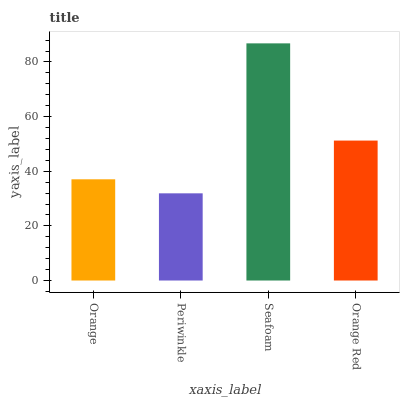
| xaxis_label | bars |
 | --- | --- |
 | Orange | 37.1 |
 | Periwinkle | 31.9 |
 | Seafoam | 86.8 |
 | Orange Red | 51.2 |